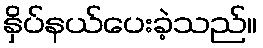
နှိပ်နယ်ပေးခဲ့သည်။